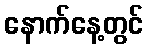
နောက်နေ့တွင်